Language: tamil
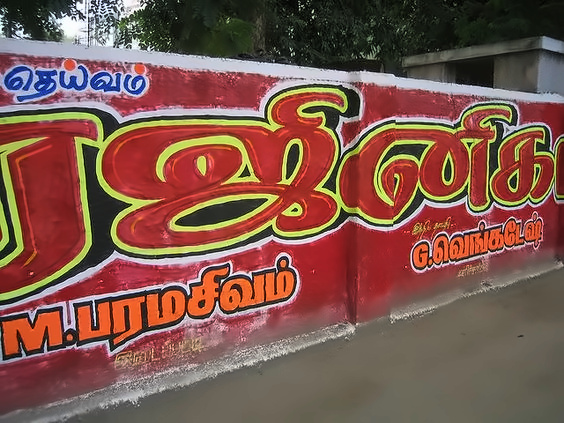
Transcription: பரமசிவம் தெய்வம் னீக வெங்கடேஷ்